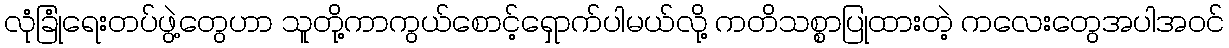
လုံခြုံရေးတပ်ဖွဲ့တွေဟာ သူတို့ကာကွယ်စောင့်ရှောက်ပါမယ်လို့ ကတိသစ္စာပြုထားတဲ့ ကလေးတွေအပါအဝင်